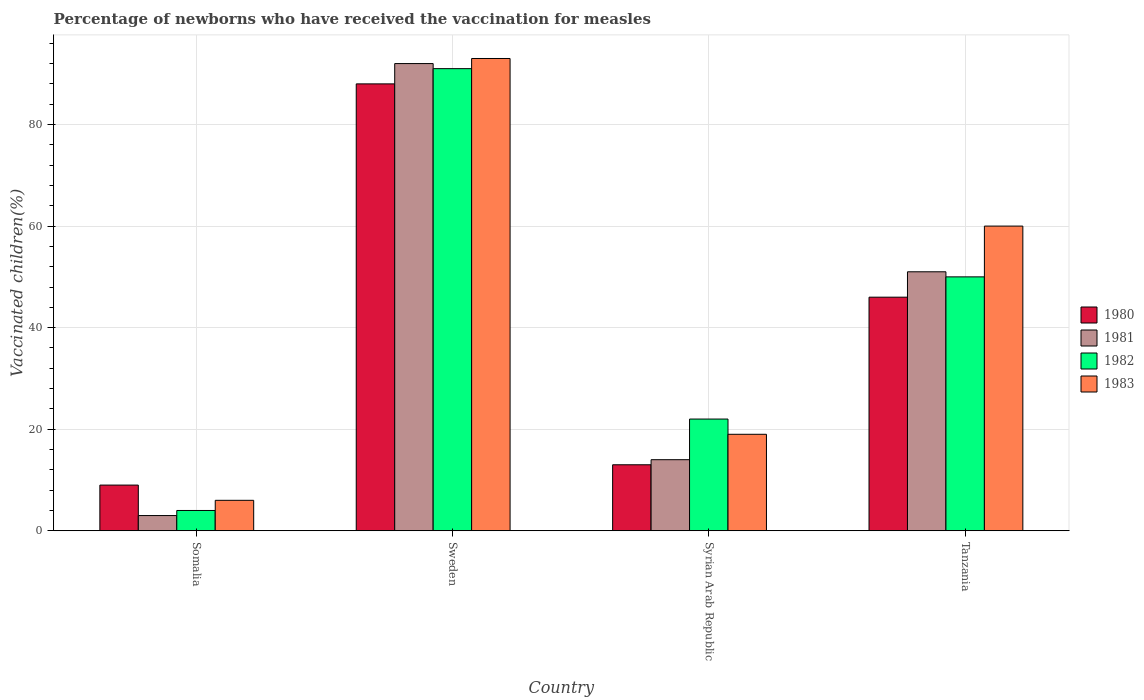
| Country | 1980 | 1981 | 1982 | 1983 |
 | --- | --- | --- | --- | --- |
 | Somalia | 9 | 3 | 4 | 6 |
 | Sweden | 88 | 92 | 91 | 93 |
 | Syrian Arab Republic | 13 | 14 | 22 | 19 |
 | Tanzania | 46 | 51 | 50 | 60 |